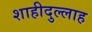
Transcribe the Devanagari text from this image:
शाहीदुल्लाह